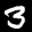
Label: 3